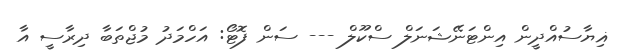
ޣިޔާސުއްދީން އިންޓަނޭޝަނަލް ސްކޫލް --- ސަން ފޮޓޯ: އަހްމަދު މުޖްތަބާ ދިރާސީ އާ